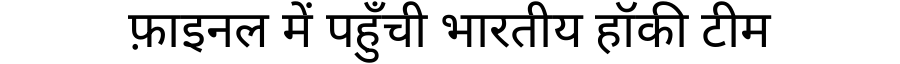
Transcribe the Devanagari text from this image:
फ़ाइनल में पहुँची भारतीय हॉकी टीम